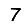
Digit: 7